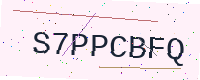
Text: S7PPCBFQ